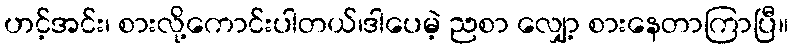
ဟင့်အင်း၊ စားလို့ကောင်းပါတယ်၊ဒါပေမဲ့ ညစာ လျှော့ စားနေတာကြာပြီ။